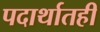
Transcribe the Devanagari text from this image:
पदार्थातही